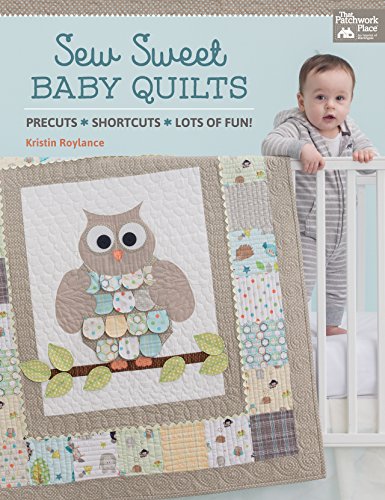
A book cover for Sew Sweet Baby Quilts: Precuts - Shortcuts - Lots of Fun!; Kristin Roylance; Crafts, Hobbies & Home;